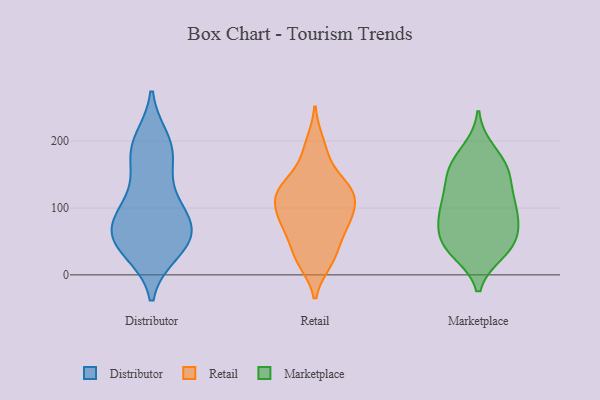
{"axis": {"x": "Active Users", "y": "Value"}, "legend": ["Distributor", "Marketplace", "Retail"], "data": [{"x": "", "y": 40, "type": "Distributor"}, {"x": "", "y": 57, "type": "Distributor"}, {"x": "", "y": 119, "type": "Distributor"}, {"x": "", "y": 49, "type": "Distributor"}, {"x": "", "y": 191, "type": "Distributor"}, {"x": "", "y": 89, "type": "Distributor"}, {"x": "", "y": 106, "type": "Distributor"}, {"x": "", "y": 65, "type": "Distributor"}, {"x": "", "y": 72, "type": "Distributor"}, {"x": "", "y": 68, "type": "Distributor"}, {"x": "", "y": 36, "type": "Distributor"}, {"x": "", "y": 174, "type": "Distributor"}, {"x": "", "y": 181, "type": "Distributor"}, {"x": "", "y": 200, "type": "Distributor"}, {"x": "", "y": 62, "type": "Retail"}, {"x": "", "y": 131, "type": "Retail"}, {"x": "", "y": 81, "type": "Retail"}, {"x": "", "y": 197, "type": "Retail"}, {"x": "", "y": 75, "type": "Retail"}, {"x": "", "y": 132, "type": "Retail"}, {"x": "", "y": 111, "type": "Retail"}, {"x": "", "y": 92, "type": "Retail"}, {"x": "", "y": 25, "type": "Retail"}, {"x": "", "y": 174, "type": "Retail"}, {"x": "", "y": 20, "type": "Retail"}, {"x": "", "y": 128, "type": "Retail"}, {"x": "", "y": 122, "type": "Retail"}, {"x": "", "y": 80, "type": "Retail"}, {"x": "", "y": 31, "type": "Retail"}, {"x": "", "y": 120, "type": "Retail"}, {"x": "", "y": 46, "type": "Marketplace"}, {"x": "", "y": 53, "type": "Marketplace"}, {"x": "", "y": 95, "type": "Marketplace"}, {"x": "", "y": 83, "type": "Marketplace"}, {"x": "", "y": 67, "type": "Marketplace"}, {"x": "", "y": 148, "type": "Marketplace"}, {"x": "", "y": 35, "type": "Marketplace"}, {"x": "", "y": 101, "type": "Marketplace"}, {"x": "", "y": 131, "type": "Marketplace"}, {"x": "", "y": 107, "type": "Marketplace"}, {"x": "", "y": 171, "type": "Marketplace"}, {"x": "", "y": 43, "type": "Marketplace"}, {"x": "", "y": 156, "type": "Marketplace"}, {"x": "", "y": 96, "type": "Marketplace"}, {"x": "", "y": 39, "type": "Marketplace"}, {"x": "", "y": 155, "type": "Marketplace"}, {"x": "", "y": 185, "type": "Marketplace"}]}